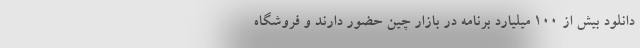
دانلود بیش از 100 میلیارد برنامه در بازار چین حضور دارند و فروشگاه